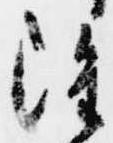
雖